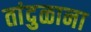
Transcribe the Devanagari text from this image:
तांदुळाना